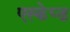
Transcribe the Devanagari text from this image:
एस्केप्ड